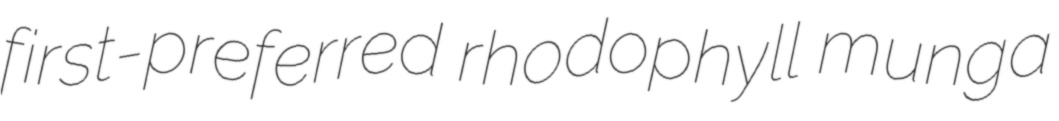
first-preferred rhodophyll munga